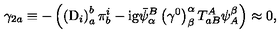
\gamma _ { 2 a } \equiv - \left( \left( \mathrm { D } _ { i } \right) _ { a } ^ { b } \pi _ { b } ^ { i } - \mathrm { i g } \bar { \psi } _ { \alpha } ^ { B } \left( \gamma ^ { 0 } \right) _ { \beta } ^ { \alpha } T _ { a B } ^ { A } \psi _ { A } ^ { \beta } \right) \approx 0 ,